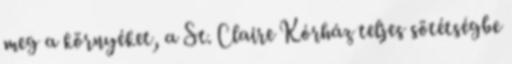
meg a környéket, a St. Claire Kórház teljes sötétségbe